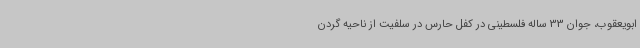
ابویعقوب، جوان 33 ساله فلسطینی در کفل حارس در سلفیت از ناحیه گردن